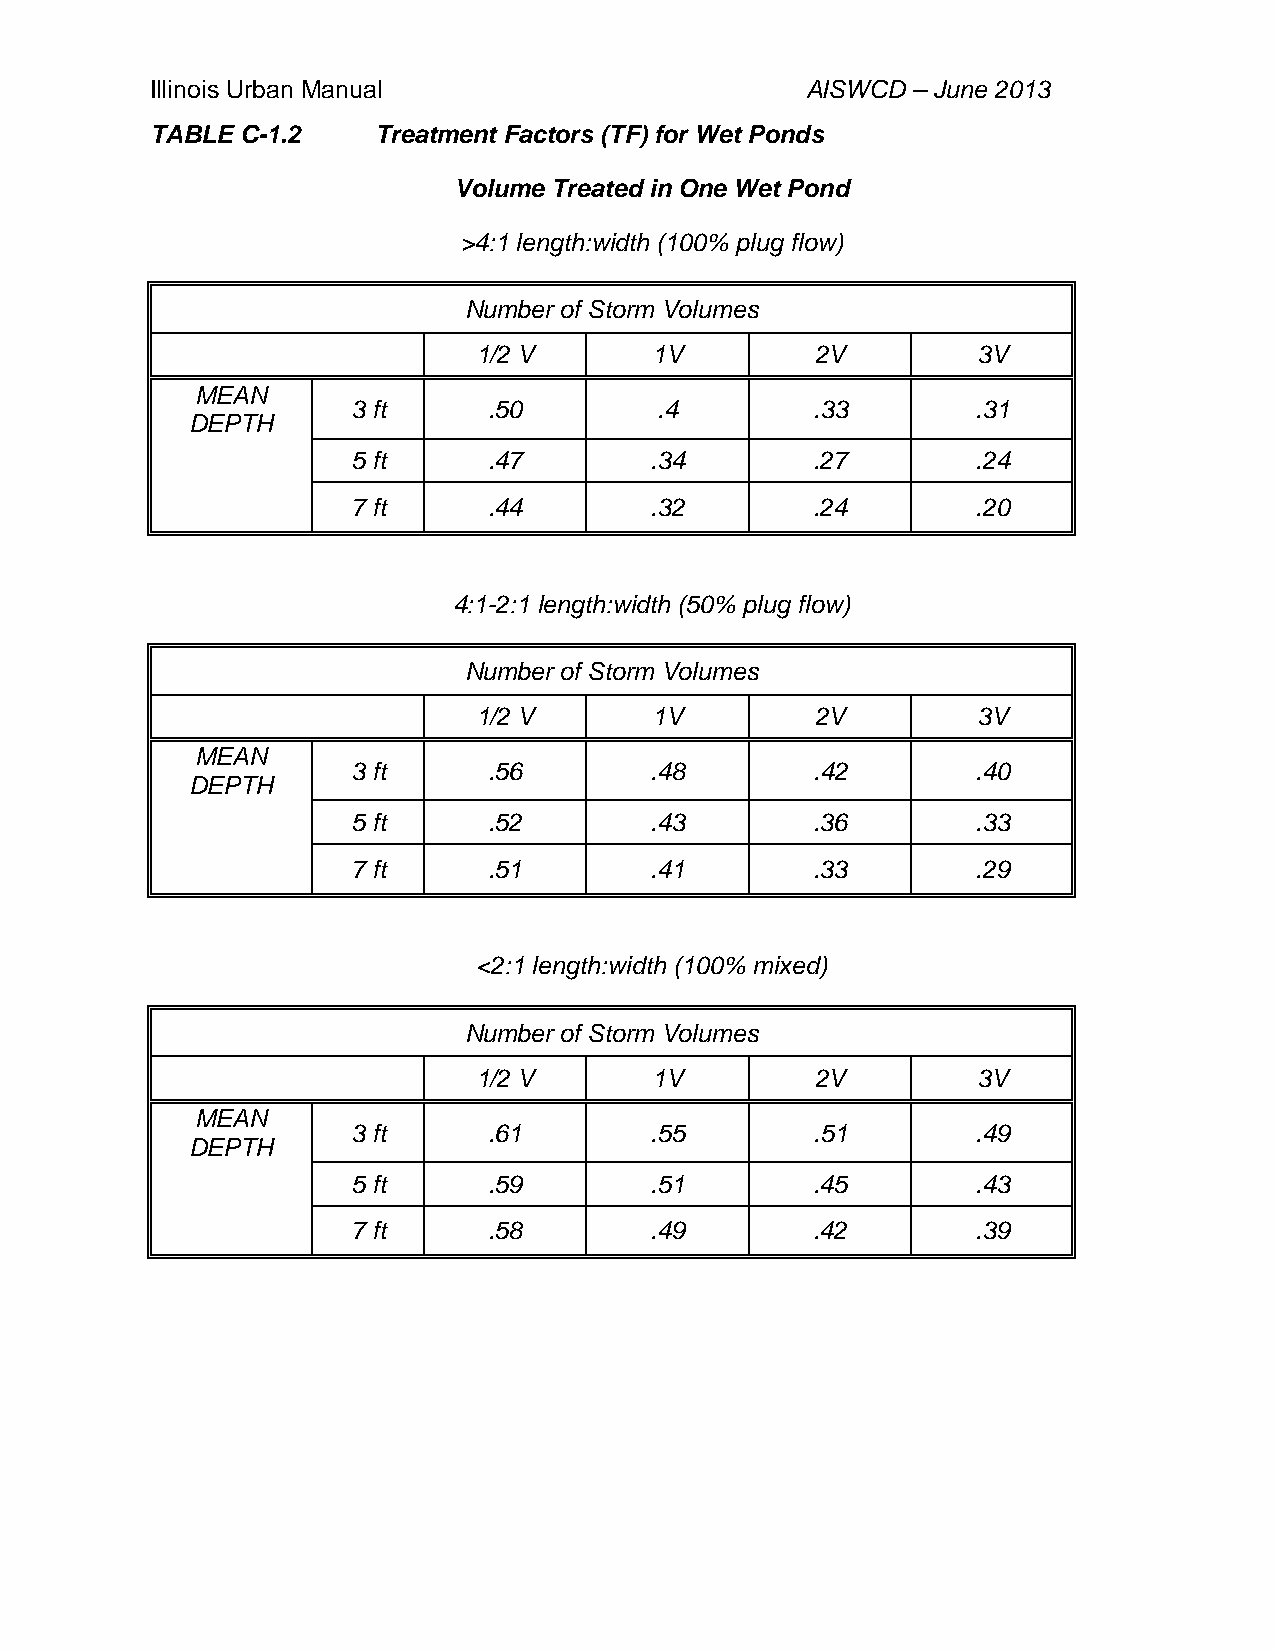
Illinois Urban Manual                      AISWCD – June 2013
 TABLE C-1.2    Treatment Factors (TF) for Wet Ponds
 Volume Treated in One Wet Pond
 >4:1 length:width (100% plug flow)
 Number of Storm Volumes
 1/2 V       1V         2V         3V
 MEAN
 3 ft     .50        .4         .33        .31
 DEPTH
 5 ft     .47        .34        .27        .24
 7 ft     .44        .32        .24        .20
 4:1-2:1 length:width (50% plug flow)
 Number of Storm Volumes
 1/2 V       1V         2V         3V
 MEAN
 3 ft     .56        .48        .42        .40
 DEPTH
 5 ft     .52        .43        .36        .33
 7 ft     .51        .41        .33        .29
 <2:1 length:width (100% mixed)
 Number of Storm Volumes
 1/2 V       1V         2V         3V
 MEAN
 3 ft     .61        .55        .51        .49
 DEPTH
 5 ft     .59        .51        .45        .43
 7 ft     .58        .49        .42        .39